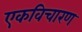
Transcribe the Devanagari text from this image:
एकविचारण